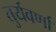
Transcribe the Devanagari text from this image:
तुर्यवर्णा